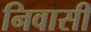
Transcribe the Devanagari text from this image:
निवासीं